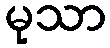
မုသာ